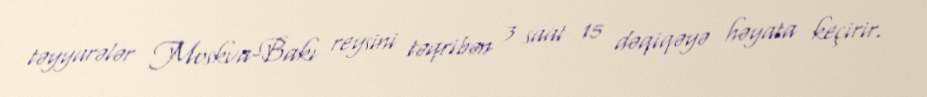
təyyarələr Moskva-Bakı reysini təqribən 3 saat 15 dəqiqəyə həyata keçirir.